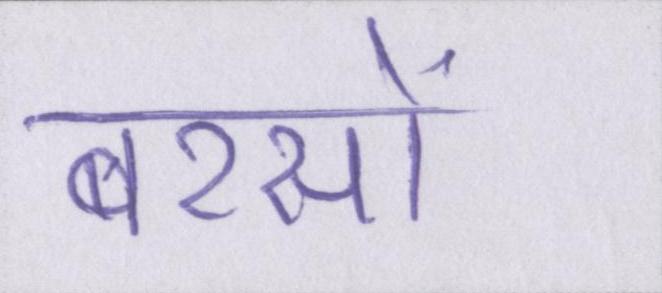
बरसों